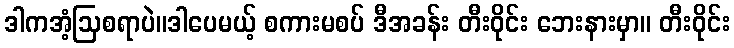
ဒါကအံ့ဩစရာပဲ။ဒါပေမယ့် စကားမစပ် ဒီအခန်း တီးဝိုင်း ဘေးနားမှာ။ တီးဝိုင်း